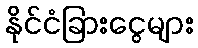
နိုင်ငံခြားငွေများ